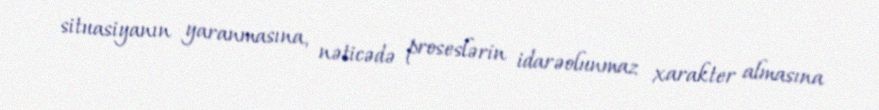
situasiyanın yaranmasına, nəticədə proseslərin idarəolunmaz xarakter almasına